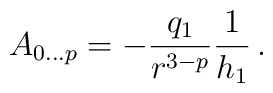
A_{0\ldots p} = - \frac{q_1}{r^{3-p}}\frac{1}{h_1} \,.